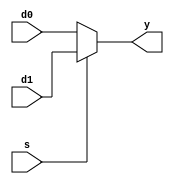
// 8 bit mux2, m_address
module mux2_8bit(d0, d1, s, y);
	input[7:0] d0, d1;
	input s;
	output[7:0] y;
		
	assign y = (s == 1'b1) ? d1 : d0;
	
endmodule